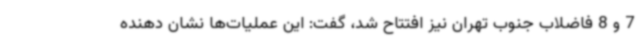
7 و 8 فاضلاب جنوب تهران نیز افتتاح شد، گفت: این عملیات‌ها نشان دهنده